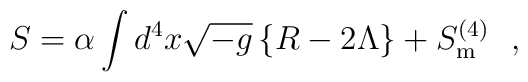
S=\alpha\int d^4x\sqrt{-g}\left\{R -2\Lambda\right\} +S^{(4)}_{\rm{m}}\,\,\,\,,